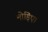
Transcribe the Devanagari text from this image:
मोड़िए।